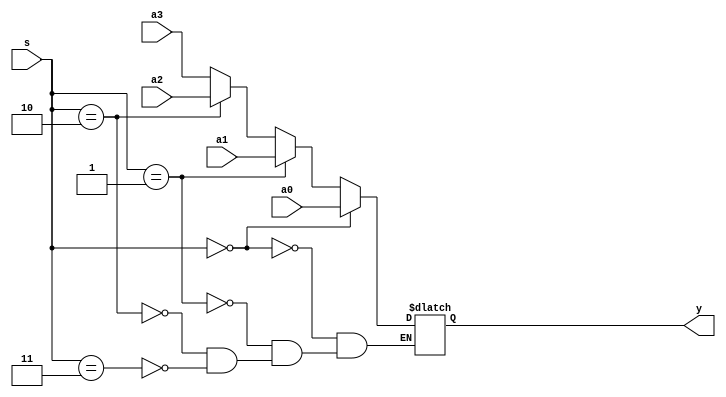
module mux4_1(a3,a2,a1,a0,s,y);
parameter WIDTH = 8; 
input [WIDTH-1:0] a3,a2,a1,a0; 
input [1:0] s;
output [WIDTH-1:0] y; 
reg [WIDTH-1:0] y; 


always @ (a3,a2,a1,a0,s)     	 
begin 
if (s == 2'b00) 
y <= a0;
else if (s == 2'b01) 
y <= a1;
else if (s == 2'b10) 
y <= a2;
else if (s == 2'b11) 
y <= a3;
end 
endmodule